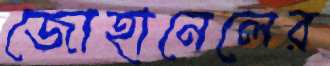
জোহানেলের